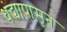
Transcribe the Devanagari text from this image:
धंद्यापासून